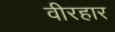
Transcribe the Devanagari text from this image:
वीरहार